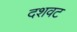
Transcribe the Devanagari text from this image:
दशवट